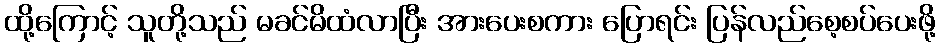
ထို့ကြောင့် သူတို့သည် မခင်မိထံလာပြီး အားပေးစကား ပြောရင်း ပြန်လည်စေ့စပ်ပေးဖို့